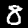
Label: 8